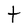
Character: t